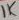
Text: 1K